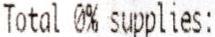
TOTAL 0% SUPPLIES: